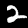
Label: 2